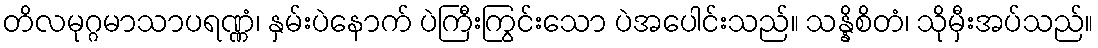
တိလမုဂ္ဂမာသာပရဏ္ဏံ၊ နှမ်းပဲနောက် ပဲကြီးကြွင်းသော ပဲအပေါင်းသည်။ သန္နိစိတံ၊ သိုမှီးအပ်သည်။